Indian journal of veterinary science and animal husbandry - Volumes 15-17, 1948-1951
Year: 1948
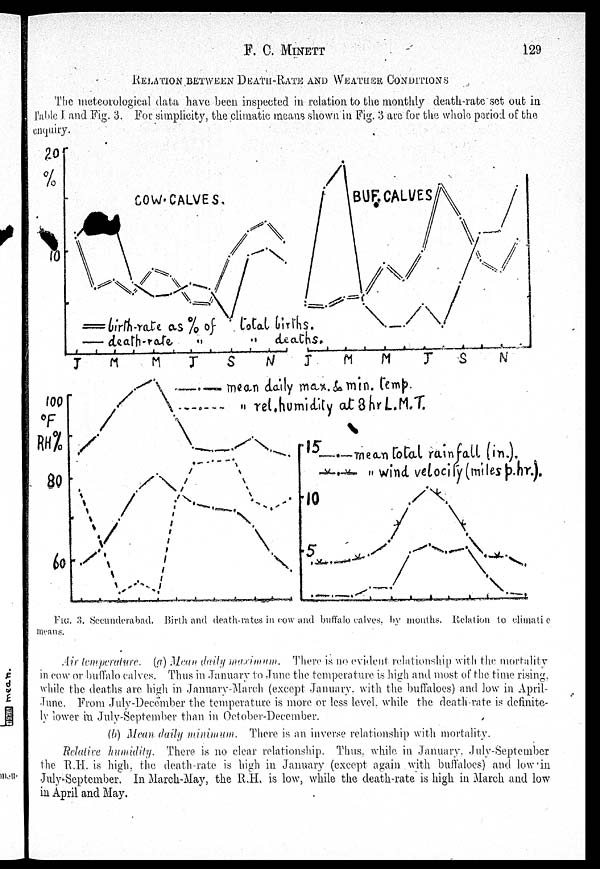
F. C. MINETT
129
RELATION BETWEEN DEATH-RATE AND WEATHER CONDITIONS
The meteorological data have been inspected in relation to the monthly death-rate set out in
Table I and Fig. 3. For simplicity, the climatic means shown in Fig. 3 are for the whole period of the
enquiry.
FIG. 3. Secunderabad. Birth and death-rates in cow and buffalo calves, by months. Relation to climati c
means.
Air temperature, (g) Mean daily maximum. There is no evident relationship with the mortality
in cow or buffalo calves. Thus in January to June the temperature is high and most of the time rising,
while the deaths are high in January-March (except January. with the buffaloes) and low in April-
June. From July-December the temperature is more or less level. while the death-rate is definite-
ly lower in July-September than in October-December.
(b) Mean daily minimum. There is an inverse relationship with mortality.
Relative humidity. There is no clear relationship. Thus, while in January, July-September
the R.H. is high, the death-rate is high in January (except again with buffaloes) and low in
July-September. In March-May, the R.H. is low, while the death-rate is high in March and low
in April and May.